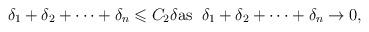
LaTeX: \begin{align*}\delta_1+\delta_2+ \cdots+ \delta_n \leqslant C_2\delta \textrm{as}\;\;\delta_1+\delta_2+ \cdots+ \delta_n\to 0,\end{align*}